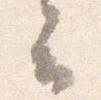
云